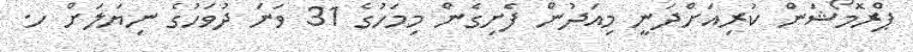
ޕްރޮމޯޝަން ކުރިއަށްދަނީ މިއަދުން ފެށިގެން މިމަހުގެ 31 ވަނަ ދުވަހުގެ ނިޔަލަށް ހ.